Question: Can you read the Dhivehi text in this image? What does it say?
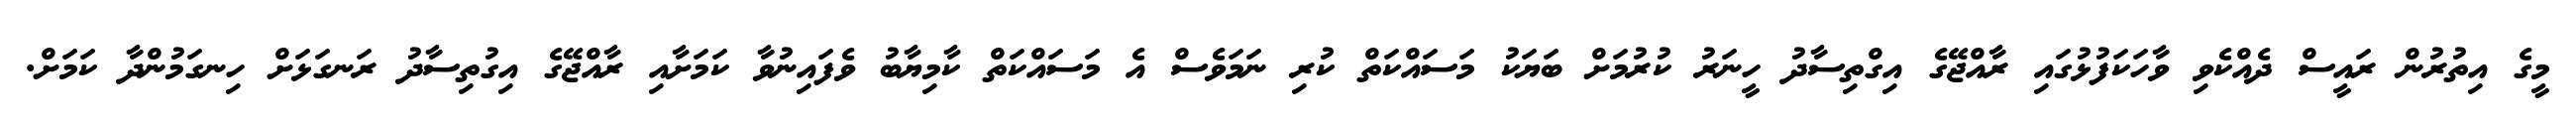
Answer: މީގެ އިތުރުން ރައީސް ދެއްކެވި ވާހަކަފުޅުގައި ރާއްޖޭގެ އިގްތިސާދު ހީނަރު ކުރުމަށް ބަޔަކު މަސައްކަތް ކުރި ނަމަވެސް އެ މަސައްކަތް ކާމިޔާބު ވެފައިނުވާ ކަމަށާއި ރާއްޖޭގެ އިގުތިސާދު ރަނގަޅަށް ހިނގަމުންދާ ކަމަށް.